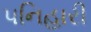
પનિહારી